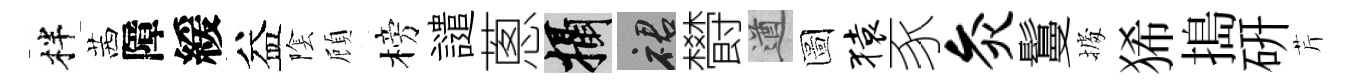
柈茜障緩益隂頋榜譴蔥攝裙欎遒圖猿豕灸鬘𢴃狶搗硏芹